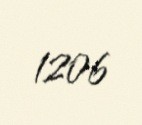
1206